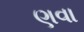
ણવા